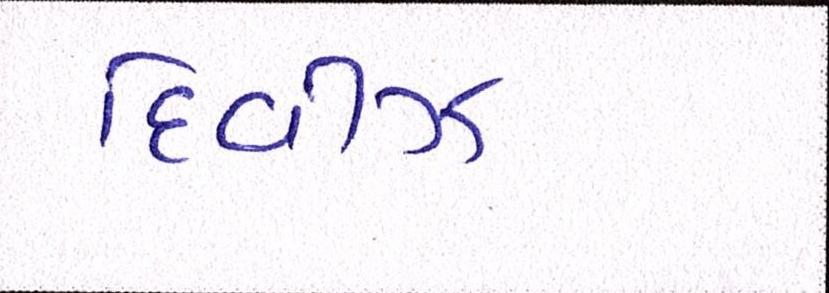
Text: દિવીઝ